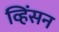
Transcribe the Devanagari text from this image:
व्हिंसन